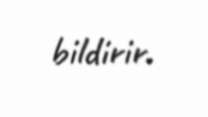
bildirir.